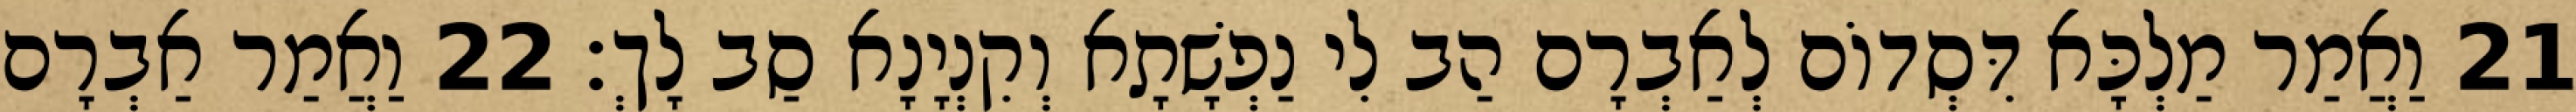
21 וַאֲמַר מַלְכָּא דִּסְדוֹם לְאַבְרָם הַב לִי נַפְשָׁתָא וְקִנְיָנָא סַב לָךְ׃ 22 וַאֲמַר אַבְרָם